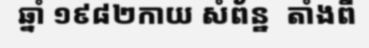
ឆ្នាំ ១៩៨២កាយ សំព័ន្ឋ  តាំងពី